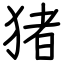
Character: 猪